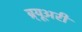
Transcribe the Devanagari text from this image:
ब्र्यूअरी